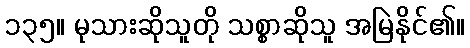
၁၃၅။ မုသားဆိုသူတို သစ္စာဆိုသူ အမြဲနိုင်၏။